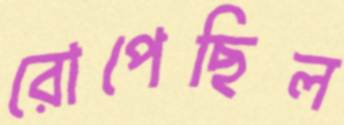
রোপেছিল